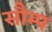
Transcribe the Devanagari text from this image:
सौम्प